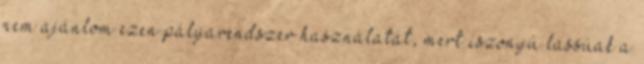
nem ajánlom ezen pályarendszer használatát, mert iszonyú lassúak a